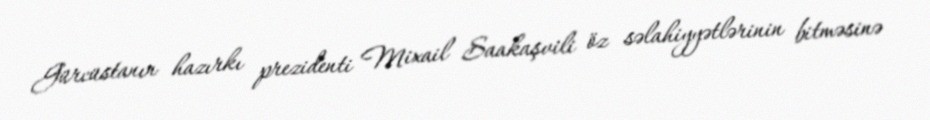
Gürcüstanın hazırkı prezidenti Mixail Saakaşvili öz səlahiyyətlərinin bitməsinə